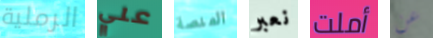
الرملية علي المنصة نعبر أملت عن